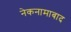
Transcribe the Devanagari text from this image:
नेकनामाबाद